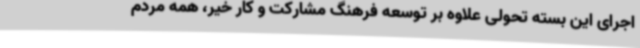
اجرای این بسته تحولی علاوه بر توسعه فرهنگ مشارکت و کار خیر، همه مردم